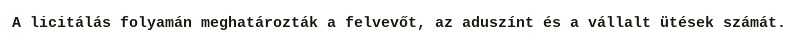
A licitálás folyamán meghatározták a felvevőt, az aduszínt és a vállalt ütések számát.